Senior Leaving Certificate Examination (including Day School Certificate (Higher) General paper), 1950
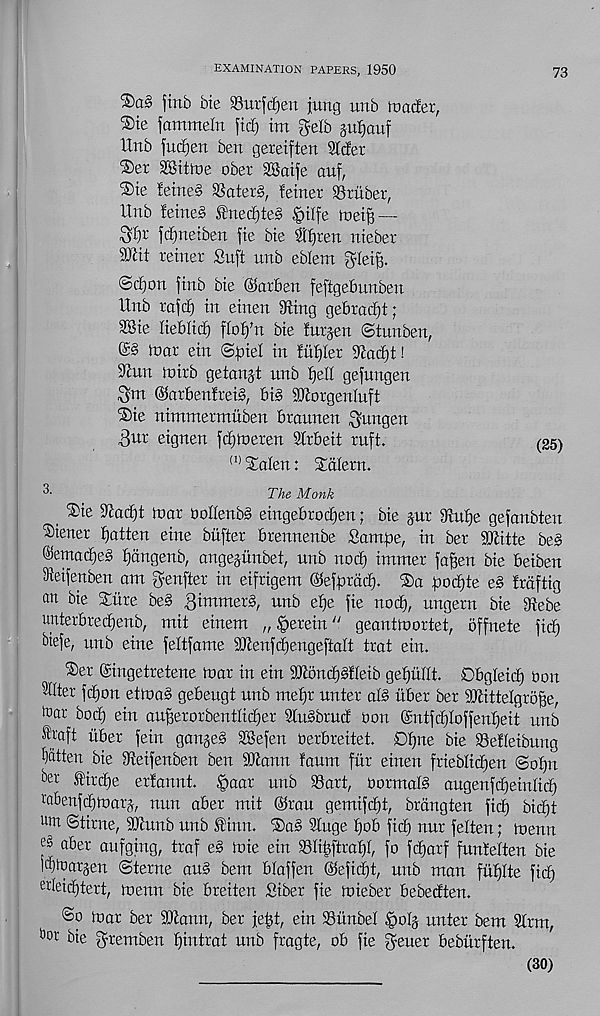
EXAMINATION PAPERS, 1950
73
S)a§ jtnb bie SBurfdjen jung unb tvadex,
®ie jammeln \icf) im $elb guJiauf
Unb fucfien ben gereiften Slder
®er SSitlne ober SSatfe auf,
®te !etne§ SSaterg, feiner SBruber,
Unb !eine§ ®ned)te§ §ilfe
—
f^netben fie bie $^ren nieber
SDUt reiner Suft unb eblent ^lei^.
©djon ftnb bie ©arben feftgebunben
Unb rafc^ in einen ^ing gebrac^t;
SSie lieblicf) [Iof)bx bie furjen (Stunben,
mar ein <&piel in fuller %adf)t!
9^un mirb getanjt unb fjell gefungen
^tn ©arben!rei§, big 9JlorgenIuft
®ie nimmetmuben braunen ^ungen
3ur eignen fdjmeren Strbeit ruft.
<1} Salen: Stalern.
The Monk
3>ie ^ad)t mar OoIIenbg eingebrocf)en; bie §nr 9Ut^e gefanbten
Wiener fatten eine bufter brennenbe Sampe, in ber Witte beg
®emacf)eg f)angenb, angejunbet, unb nod) immer faffen bie beiben
Sieifenben am genfter in eifrigem ©efprad). ®a poci)te eg Irdftig
an bie Sure beg gimmerg, unb ef)e fie nod), ungern bie 9iebe
unterbred)enb, mit einem „ herein" geantmortet, offnete fid^
^iefe, unb eine feltfame 9Jlenfd^engeftaIt trat ein.
®er ©ingetretene mar in ein SO^ondjgfleib ge^ubt. Obgleid) oon
®ter fd)on etmag gebeugt unb mefjr unter alg iiber ber 9JlitteIgro^e,
fear bod) ein an|erorbentIic^er lugbruc! oon ($utfd)Ioffenf)eit unb
^jaft iiber fein gangeg SBefen Oerbreitet. D^ne bie SSefleibung
fatten bie iReifenben ben 9Jlann faum fur einen frieblid)en (So[)n
^mdje erfannt. §aar unb 33art, oormalg augenfd)einlici)
l 'abenfd)mar^ nun aber mit ©ran gemifd)t, brdngten fic^ bid)t
am ©time, 9Jtunb unb £inn. ©)ag 3Iuge I)ob fid) nur felten; menu
a6ei ' aufgiug, traf eg mie ein 33H^ftrat)I, fo fd)arf funtelten bte
|d)fear§en ©terne aug bem blaffen @iefid)t, unb man fnfjlte fid)
e deid)tert, menu bie breiten Siber fie mieber bebedten.
@o mar ber Hftann, ber jetjt, ein 33unbel &ol’ a unter bem 3trm,
bie gremben fjiutrat unb fragte, ob fie ^euer bebitrften.
(30)